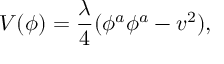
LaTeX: V ( \phi ) = \frac { \lambda } { 4 } ( \phi ^ { a } \phi ^ { a } - v ^ { 2 } ) ,